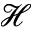
\mathcal { H }